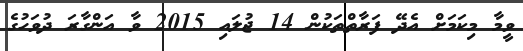
ވީމާ މިކަމަށް އެދޭ ފަރާތްތަކުން 14 ޖުލައި 2015 ވާ އަންގާރަ ދުވަހުގެ